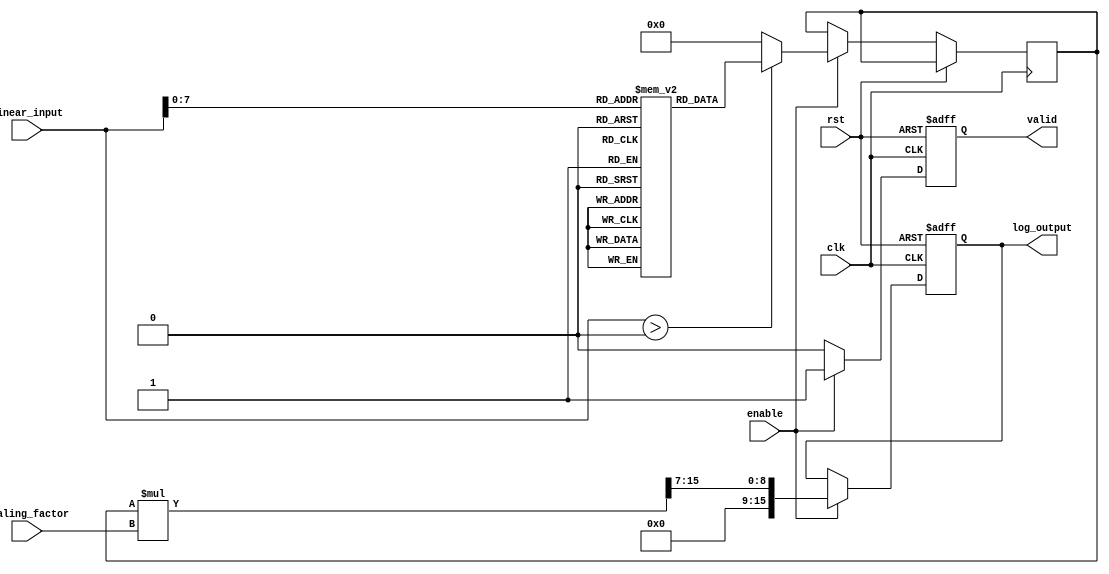
module LogarithmicScalingCircuit #(
    parameter INPUT_WIDTH = 16,
    parameter OUTPUT_WIDTH = 16,
    parameter SCALING_FACTOR_WIDTH = 8
)(
    input  wire                            clk,
    input  wire                            rst,
    input  wire [INPUT_WIDTH-1:0]         linear_input,
    input  wire [SCALING_FACTOR_WIDTH-1:0] scaling_factor,
    input  wire                            enable,
    output reg  [OUTPUT_WIDTH-1:0]        log_output,
    output reg                            valid
);

    // Logarithm Lookup Table (for example purposes, typically you would use a more complex method)
    reg [OUTPUT_WIDTH-1:0] log_lut [0:255]; // LUT for inputs 0 to 255
    initial begin
        // Populate the LUT with logarithmic values (base 2 for example)
        // This should be filled with proper logarithmic values
        // log_lut[i] = log2(i) * (2^OUTPUT_WIDTH / MAX_LOG_VALUE) where MAX_LOG_VALUE is the maximum value of log function
        log_lut[0] = 0;    // log(0) is undefined, handle with care
        log_lut[1] = 0;    // log(1) = 0
        // Populate further values...
    end

    // Internal registers
    reg [OUTPUT_WIDTH-1:0] log_value;

    always @(posedge clk or posedge rst) begin
        if (rst) begin
            log_output <= 0;
            valid <= 0;
        end else if (enable) begin
            // Input validation
            if (linear_input > 0) begin
                // Use LUT for logarithmic calculation
                log_value <= log_lut[linear_input[7:0]]; // Assuming input fits in LUT
            end else begin
                log_value <= 0; // Undefined for non-positive
            end
            
            // Scaling the log_value
            log_output <= (log_value * scaling_factor) >> (SCALING_FACTOR_WIDTH - 1); // Adjust scaling
            valid <= 1; // Indicate valid output
        end else begin
            valid <= 0; // Not valid if not enabled
        end
    end

endmodule